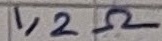
Text: 1,2Ω